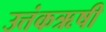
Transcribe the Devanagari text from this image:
उत्तंकऋषी